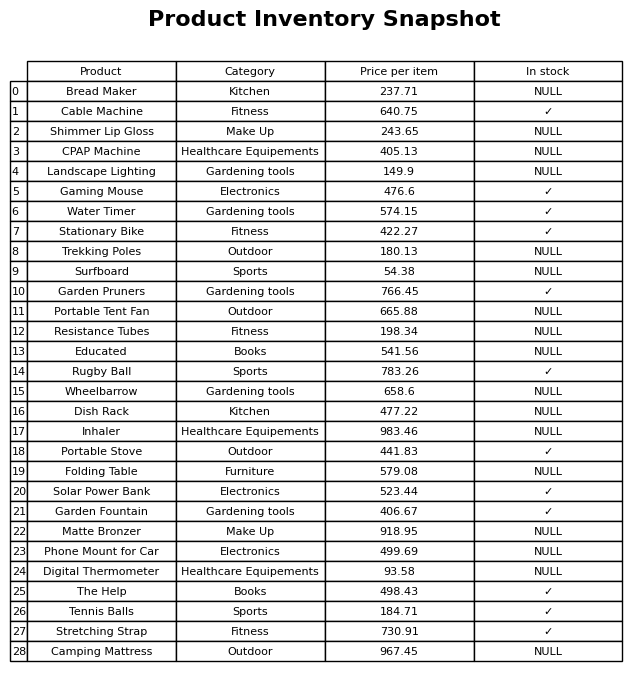
question: What is the price of the Gaming Mouse?
answer: The price of Gaming Mouse is 476.6.